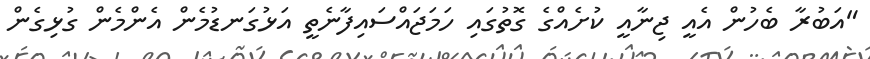
"އަބުރާ ބެހުން އެއީ ޖިނާއީ ކުށެއްގެ ގޮތުގައި ހަމަޖައްސައިފާނެތީ އަޅުގަނޑުމެން އެންމެން ގުޅިގެން